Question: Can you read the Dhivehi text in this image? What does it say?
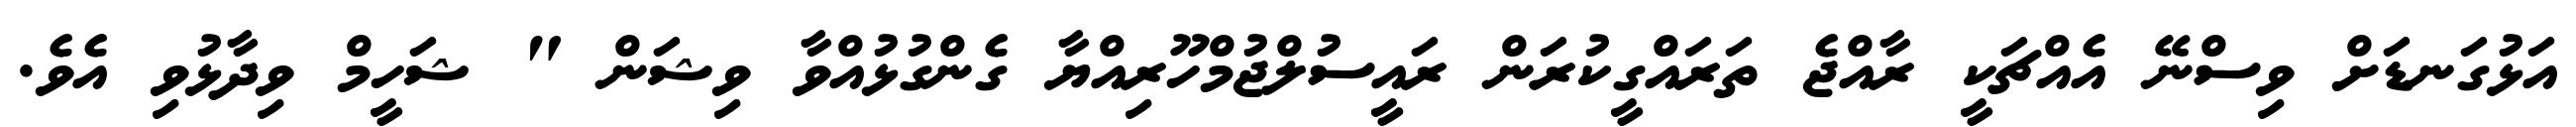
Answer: އަޅުގަނޑަށް ވިސްނޭ އެއްޗަކީ ރާއްޖެ ތަރައްގީކުރަން ރައީސުލްޖުމްހޫރިއްޔާ ގެންގުޅުއްވާ ވިޝަން " ޝަހީމް ވިދާޅުވި އެވެ.